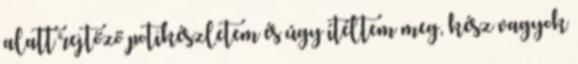
alatt rejtőző potikészletem és úgy ítéltem meg, kész vagyok